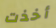
أخذت